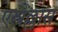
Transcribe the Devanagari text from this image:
एस्त्रेल्लास